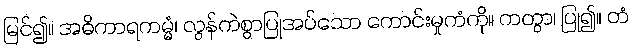
မြင်၍။ အဓိကာရကမ္မံ၊ လွန်ကဲစွာပြုအပ်သော ကောင်းမှုကံကို။ ကတွာ၊ ပြု၍။ တံ